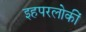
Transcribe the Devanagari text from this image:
इहपरलोकीं